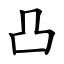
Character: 凸